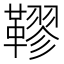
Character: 𩌭